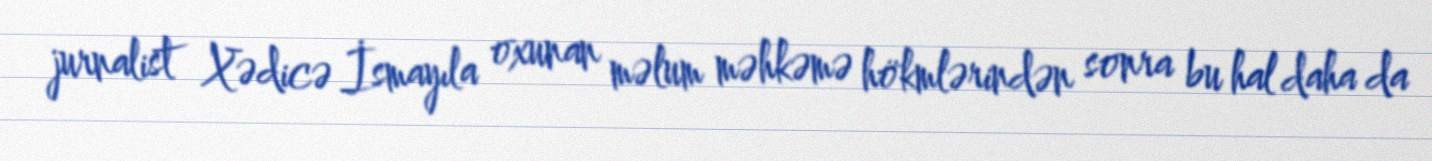
jurnalist Xədicə İsmayıla oxunan məlum məhkəmə hökmlərindən sonra bu hal daha da